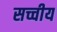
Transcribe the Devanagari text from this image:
सच्चीय